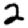
Digit: 2